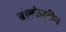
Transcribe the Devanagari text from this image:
बोल्केस्टीन